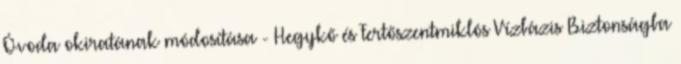
Óvoda okiratának módosítása - Hegykő és Fertőszentmiklós Vízbázis Biztonságba